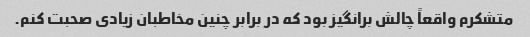
متشکرم واقعاً چالش برانگیز بود که در برابر چنین مخاطبان زیادی صحبت کنم.